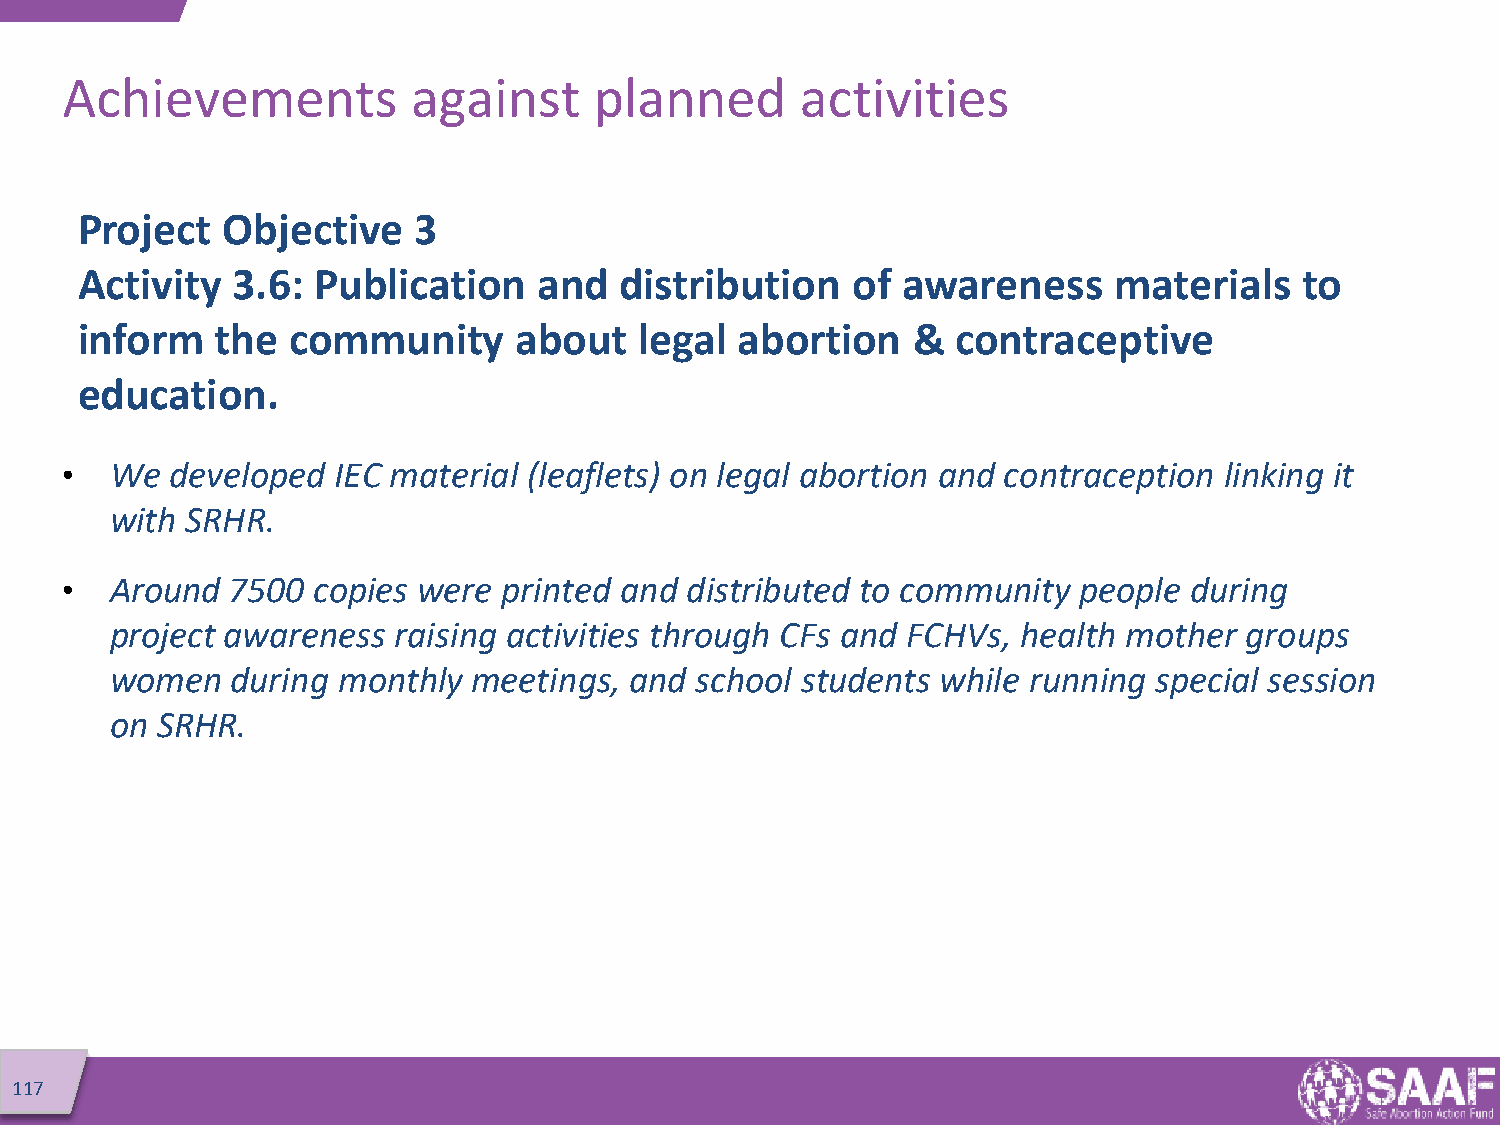
Achievements           against     planned       activities
 Project   Objective   3
 Activity  3.6:  Publication    and  distribution   of  awareness     materials   to
 inform   the  community      about   legal  abortion   &  contraceptive
 education.
 •  We  developed  IEC material (leaflets) on legal abortion and contraception linking it
 with SRHR.
 •  Around  7500  copies were printed and distributed to community  people  during
 project awareness  raising activities through CFs and FCHVs, health mother groups
 women   during monthly  meetings,  and school students while running special session
 on SRHR.
 117